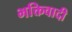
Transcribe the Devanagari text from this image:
भक्तिवादी